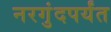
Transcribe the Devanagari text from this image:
नरगुंदपर्यंत